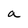
Character: a